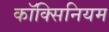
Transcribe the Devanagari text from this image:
कॉक्सिनियम